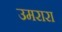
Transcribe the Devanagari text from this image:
उमरारा